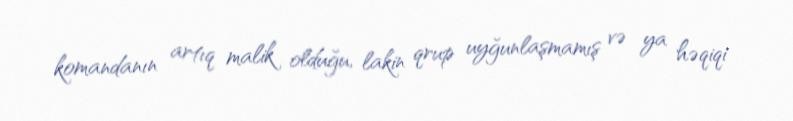
komandanın artıq malik olduğu, lakin qrup uyğunlaşmamış və ya həqiqi